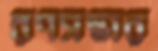
রণসম্ভার